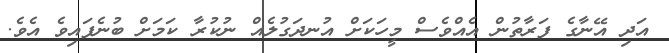
އަދި އޭނާގެ ފަރާތުން އެއްވެސް މީހަކަށް އުނދަގުލެއް ނުކުރާ ކަމަށް ބުނެފައިވެ އެވެ.